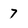
Character: 7